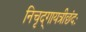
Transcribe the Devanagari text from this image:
निचृद्‌गायत्रीछंदः